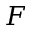
F